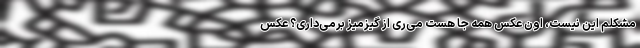
مشکلم این نیست، اون عکس همه جا هست می‌ری از گیزمیز برمی‌داری؟ عکس